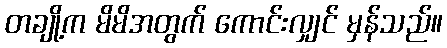
တချို့က မိမိအတွက် ကောင်းလျှင် မှန်သည်။